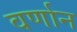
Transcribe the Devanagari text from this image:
वर्णान